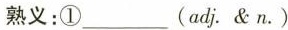
13.green 熟义:①___(adj.&n.)